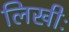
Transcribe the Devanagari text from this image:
लिखीः